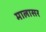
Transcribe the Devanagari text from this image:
मालासर